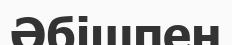
Әбішпен